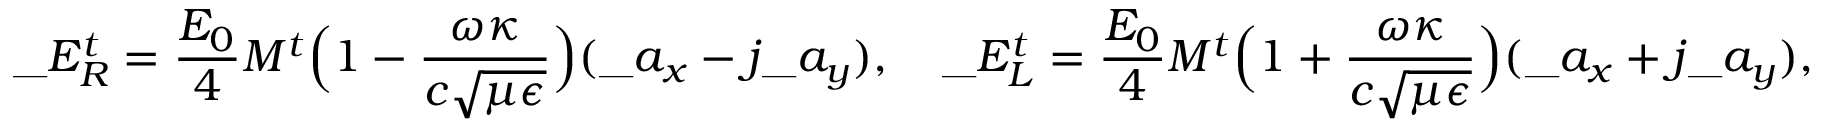
\_ E _ { \/ R } ^ { t } = { \frac { E _ { 0 } } { 4 } } M ^ { t } \Big ( 1 - { \frac { \omega \kappa } { c \sqrt { \mu \epsilon } } } \Big ) ( \_ a _ { x } - j \_ a _ { y } ) , \quad \_ E _ { \/ L } ^ { t } = { \frac { E _ { 0 } } { 4 } } M ^ { t } \Big ( 1 + { \frac { \omega \kappa } { c \sqrt { \mu \epsilon } } } \Big ) ( \_ a _ { x } + j \_ a _ { y } ) ,